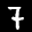
Label: 7